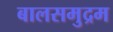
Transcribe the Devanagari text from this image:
बालसमुद्रम